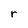
Character: r